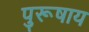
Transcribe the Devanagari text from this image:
पुरूषाय